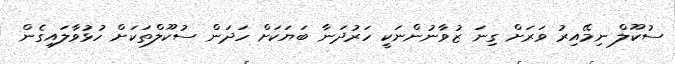
ސުކޫލް ނިމޭއިރު ވަރަށް ގިނަ ޒުވާނުންނަކީ ހަރުދަނާ ބަޔަކަށް ހަދަން ސުކޫލްތަކަށް ހުޅުވާލައިގެން